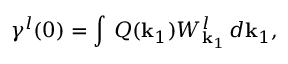
\gamma ^ { l } ( 0 ) = \int \, Q ( { \bf k } _ { 1 } ) W _ { { \bf k } _ { 1 } } ^ { l } \, d { \bf k } _ { 1 } ,